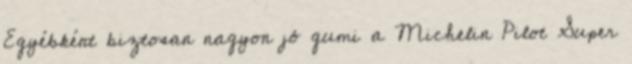
Egyébként biztosan nagyon jó gumi a Michelin Pilot Super